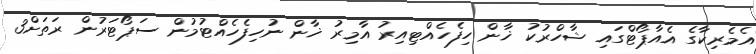
އެމެރިކާގެ އެއާޕޯޓްގައި ޝާހްރުކު ޚާން ހިފެހެއްޓިއިރު އާމިރު ޚާން ނުހިފެހެއްޓުމުން ސަޕޯޓަރުން ރަތަށް3